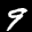
Label: 9